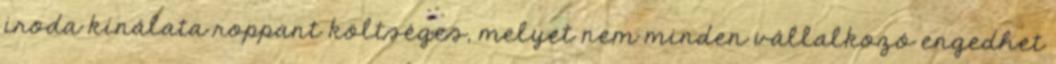
iroda kínálata roppant költséges, melyet nem minden vállalkozó engedhet